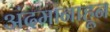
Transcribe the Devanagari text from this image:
अंदमानाहून